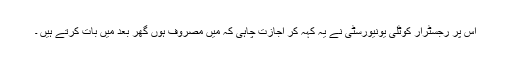
اس پر رجسٹرار کوٹلی یونیورسٹی نے یہ کہہ کر اجازت چاہی کہ میں مصروف ہوں گھر بعد میں بات کرتے ہیں ۔